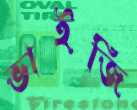
ভাইজি